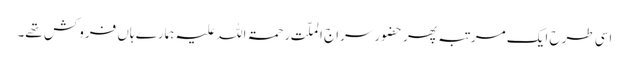
اسی طرح ایک مرتبہ پھر حضور سراج الملّت رحمۃ اللہ علیہ ہمارے ہاں فروکش تھے۔